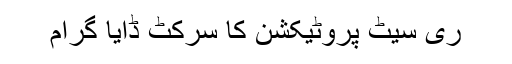
ری سیٹ پروٹیکشن کا سرکٹ ڈایا گرام